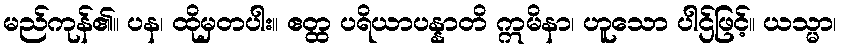
မည်ကုန်၏။ ပန၊ ထိုမှတပါး။ ဧတ္ထ ပရိယာပန္နာတိ ဣမိနာ၊ ဟူသော ပါဌ်ဖြင့်။ ယသ္မာ၊